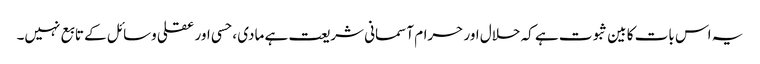
یہ اس بات کا بین ثبوت ہے کہ حلال اور حرام آسمانی شریعت ہے مادی ، حسی اور عقلی وسائل کے تابع نہیں۔